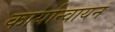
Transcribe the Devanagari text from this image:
कार्यान्वायन